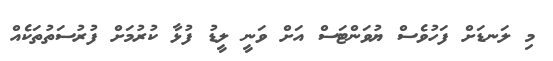
މި ލަނޑަށް ފަހުވެސް ޔުވަންޓަސް އަށް ވަނީ ލީޑު ފުޅާ ކުރުމަށް ފުރުސަތުތަކެއް